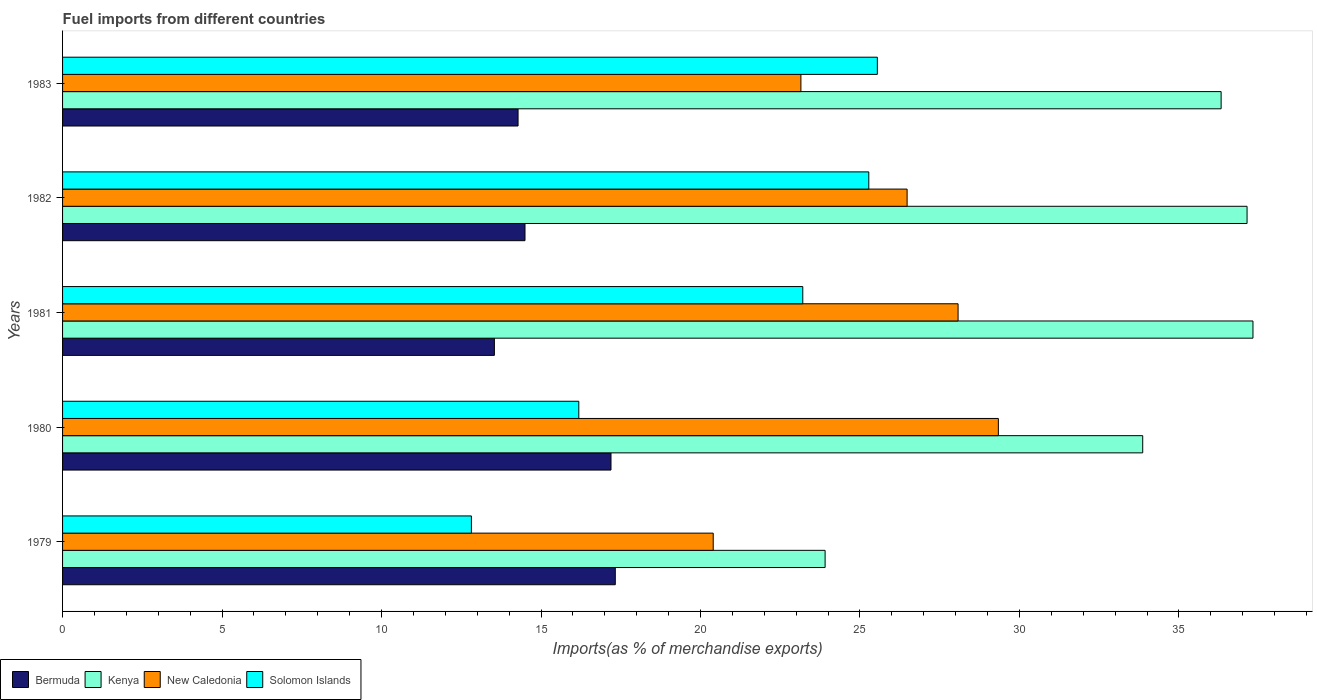
| Years | Bermuda | Kenya | New Caledonia | Solomon Islands |
 | --- | --- | --- | --- | --- |
 | 1979 | 17.3 | 23.9 | 20.4 | 12.8 |
 | 1980 | 17.2 | 33.9 | 29.3 | 16.2 |
 | 1981 | 13.5 | 37.3 | 28.1 | 23.2 |
 | 1982 | 14.5 | 37.1 | 26.5 | 25.3 |
 | 1983 | 14.3 | 36.3 | 23.1 | 25.5 |